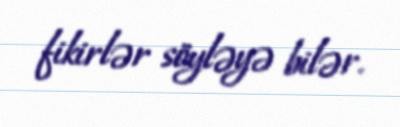
fikirlər söyləyə bilər.